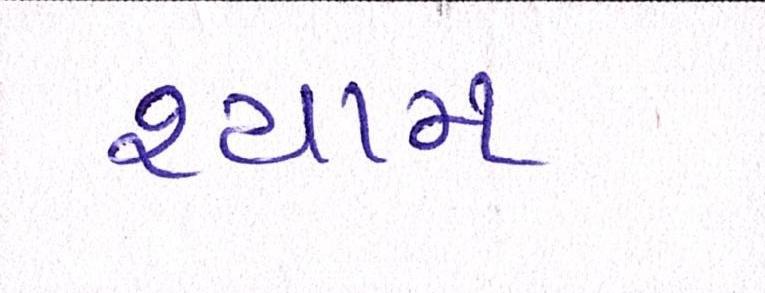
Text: શ્યામ